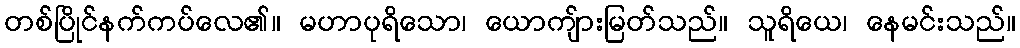
တစ်ပြိုင်နက်ကပ်လေ၏။ မဟာပုရိသော၊ ယောကျ်ားမြတ်သည်။ သူရိယေ၊ နေမင်းသည်။